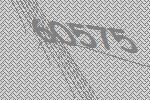
60575